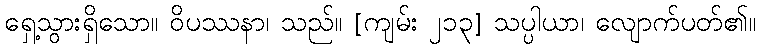
ရှေ့သွားရှိသော။ ဝိပဿနာ၊ သည်။ [ကျမ်း ၂၁၃] သပ္ပါယာ၊ လျောက်ပတ်၏။